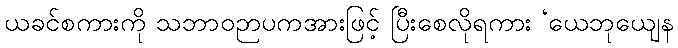
ယခင်စကားကို သဘာဝဉာပကအားဖြင့် ပြီးစေလိုရကား ‘ယေဘုယျေန